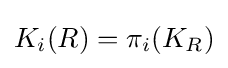
K_{i}(R)=\pi _{i}(K_{R})